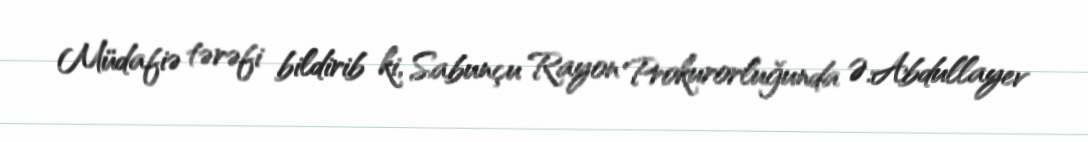
Müdafiə tərəfi bildirib ki, Sabunçu Rayon Prokurorluğunda Ə.Abdullayev